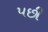
પછી